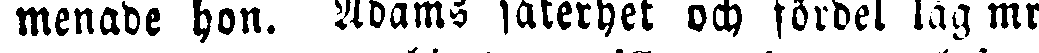
menade hon. Adams säkerhet och fördel låg mr.